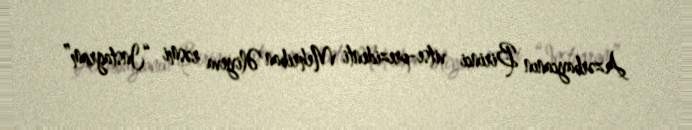
Azərbaycanın Birinci vitse-prezidenti Mehriban Əliyeva rəsmi “Instagram”